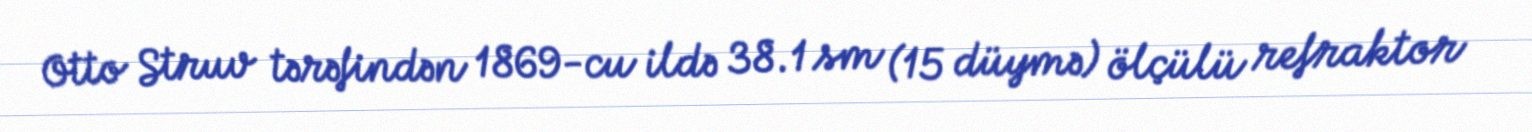
Otto Struv tərəfindən 1869-cu ildə 38.1 sm (15 düymə) ölçülü refraktor